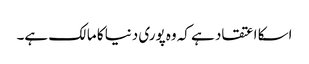
اسکا اعتقاد ہے کہ وه پوری دنیا کا مالک ہے۔